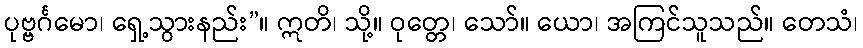
ပုဗ္ဗင်္ဂမော၊ ရှေ့သွားနည်း”။ ဣတိ၊ သို့။ ဝုတ္တေ၊ သော်။ ယော၊ အကြင်သူသည်။ တေသံ၊